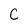
Character: C